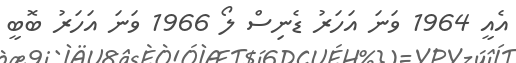
އެއީ 1964 ވަނަ އަހަރު ޑެނިސް ލޯ 1966 ވަނަ އަހަރު ބޮބީ